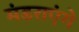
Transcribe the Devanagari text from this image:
मंडराएंगे